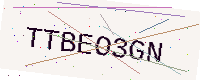
Text: TTBEO3GN